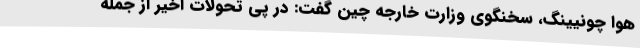
هوا چونیینگ، سخنگوی وزارت خارجه چین گفت: در پی تحولات اخیر از جمله